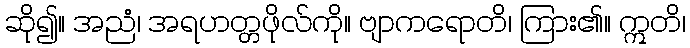
ဆို၍။ အညံ၊ အရဟတ္တဖိုလ်ကို။ ဗျာကရောတိ၊ ကြား၏။ ဣတိ၊